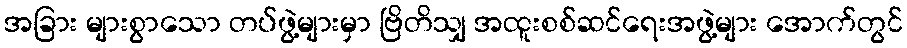
အခြား များစွာသော တပ်ဖွဲ့များမှာ ဗြိတိသျှ အထူးစစ်ဆင်ရေးအဖွဲ့များ အောက်တွင်